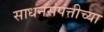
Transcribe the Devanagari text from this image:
साधनसंपत्तीच्या